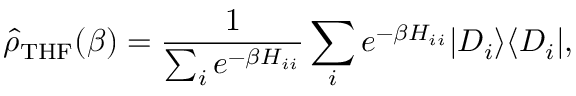
\hat { \rho } _ { \mathrm { T H F } } ( \beta ) = \frac { 1 } { \sum _ { i } e ^ { - \beta H _ { i i } } } \sum _ { i } e ^ { - \beta H _ { i i } } | D _ { i } \rangle \langle D _ { i } | ,